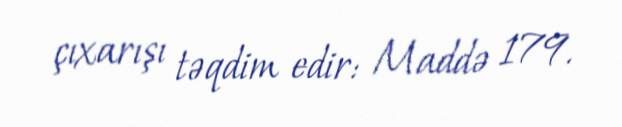
çıxarışı təqdim edir: Maddə 179.